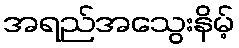
အရည်အသွေးနိမ့်